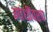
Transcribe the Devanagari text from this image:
गांधींवरच